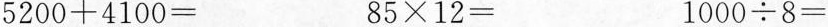
$$5 2 0 0 + 4 1 0 0 =$$ $$8 5 \times 1 2 =$$ $$1 0 0 0 /div 8 =$$